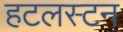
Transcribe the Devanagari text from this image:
हटलस्टन